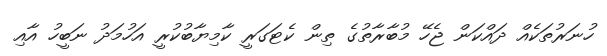
ހުނަރުތަކެއް ދައްކަން ޖެހޭ މުބާރާތުގެ ތިން ކެޓަގަރީ ކާމިޔާބުކުރީ އަހުމަދު ނަބީހު އާއި